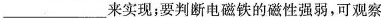
___来实现；要判断电磁铁的磁性强弱，可观察